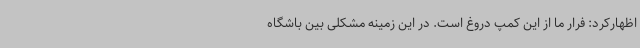
اظهارکرد: فرار ما از این کمپ دروغ است. در این زمینه مشکلی بین باشگاه